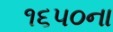
૧૬૫૦ના